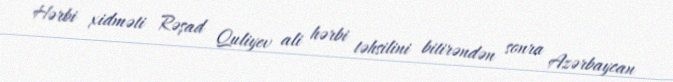
Hərbi xidməti Rəşad Quliyev ali hərbi təhsilini bitirəndən sonra Azərbaycan